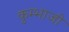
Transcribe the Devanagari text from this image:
कुम्भाजी